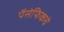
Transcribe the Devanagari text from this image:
पॅसेफिकचे